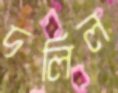
দলিল